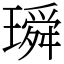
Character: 𤩥